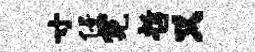
寸侵霓哲又